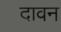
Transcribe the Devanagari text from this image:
दावन